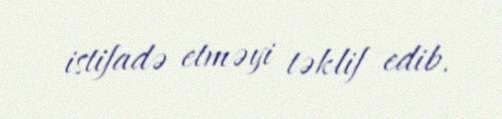
istifadə etməyi təklif edib.